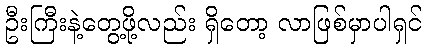
ဦးကြီးနဲ့တွေ့ဖို့လည်း ရှိတော့ လာဖြစ်မှာပါရှင်